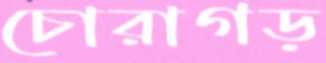
চোরাগড়